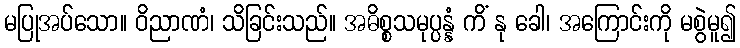
မပြုအပ်သော။ ဝိညာဏံ၊ သိခြင်းသည်။ အဓိစ္စသမုပ္ပန္နံ ကိံ နု ခေါ၊ အကြောင်းကို မစွဲမူ၍